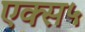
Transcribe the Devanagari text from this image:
एक्स५